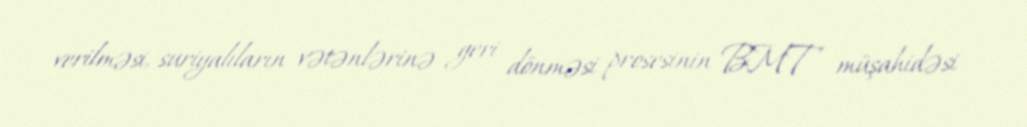
verilməsi, suriyalıların vətənlərinə geri dönməsi prosesinin BMT müşahidəsi